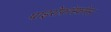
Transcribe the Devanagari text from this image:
पाइरोफ़ॉस्फ़ोरस